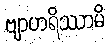
ဗျာဟရိဿာမိ